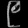
Digit: ၉